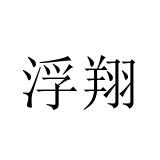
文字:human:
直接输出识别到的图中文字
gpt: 浮翔